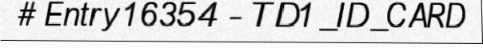
# Entry 16354 - TD1_ID_CARD